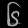
Digit: ၆